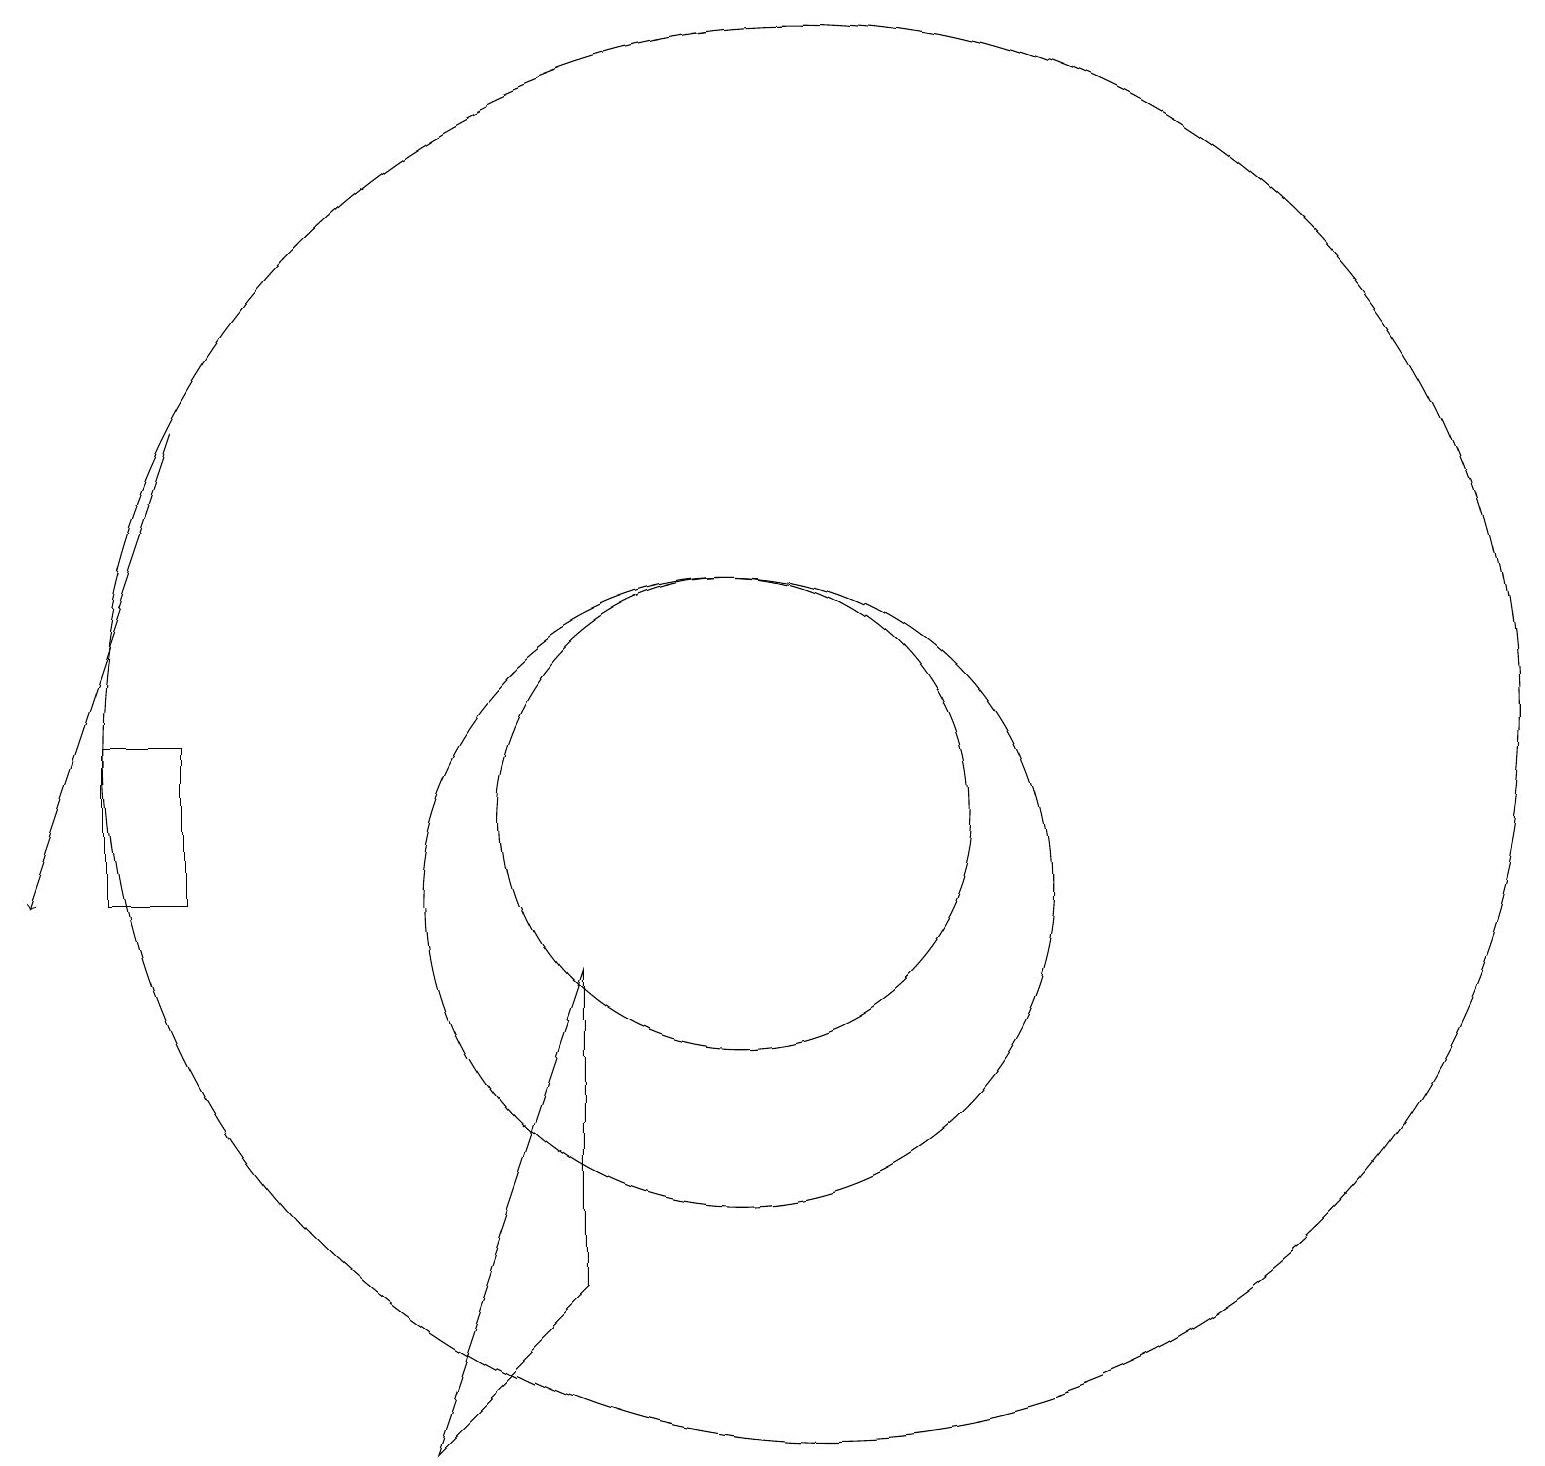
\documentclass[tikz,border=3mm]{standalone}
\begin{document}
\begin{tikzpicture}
\draw (10,11) circle (3);
\draw (10,10) circle (4);
\draw (2,12) rectangle (3,10);
\draw (6,3) -- (8,9) -- (8,5) -- cycle;
\draw[->] (3,16) -- (1,10);
\draw (11,12) circle (9);
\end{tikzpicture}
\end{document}